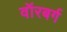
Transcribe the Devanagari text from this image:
वॉरबर्ग